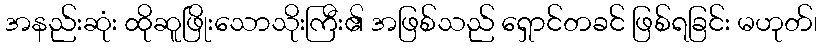
အနည်းဆုံး ထိုဆူဖြိုးသောသိုးကြီး၏ အဖြစ်သည် ရှောင်တခင် ဖြစ်ရခြင်း မဟုတ်၊